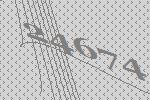
24674